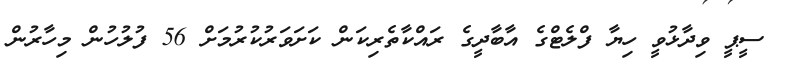
ސީޕީ ވިދާޅުވީ ހިޔާ ފްލެޓްގެ އާބާދީގެ ރައްކާތެރިކަން ކަށަވަރުކުރުމަށް 56 ފުލުހުން މިހާރުން